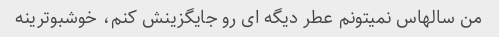
من سالهاس نمیتونم عطر دیگه ای رو جایگزینش کنم، خوشبوترینه